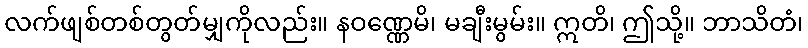
လက်ဖျစ်တစ်တွတ်မျှကိုလည်း။ နဝဏ္ဏေမိ၊ မချီးမွမ်း။ ဣတိ၊ ဤသို့။ ဘာသိတံ၊